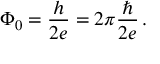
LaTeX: \Phi _ { 0 } = { \frac { h } { 2 e } } = 2 \pi { \frac { \hbar } { 2 e } } \, .